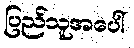
ပြည်သူအပေါ်